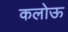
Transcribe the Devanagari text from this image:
कलोऊ